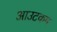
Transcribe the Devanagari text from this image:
आउटकम